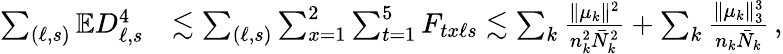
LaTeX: \begin{array}{rl}{\sum_{(\ell,s)}\mathbb{E}D_{\ell,s}^{4}}&{\lesssim\sum_{(\ell,s)}\sum_{x=1}^{2}\sum_{t=1}^{5}F_{tx\ell s}\lesssim\sum_{k}\frac{\| \mu_{k}\| ^{2}}{n_{k}^{2}\bar{N}_{k}^{2}}+\sum_{k}\frac{\| \mu_{k}\| _{3}^{3}}{n_{k}\bar{N}_{k}}\, ,}\end{array}